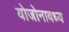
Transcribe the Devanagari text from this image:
योजोनावध्य